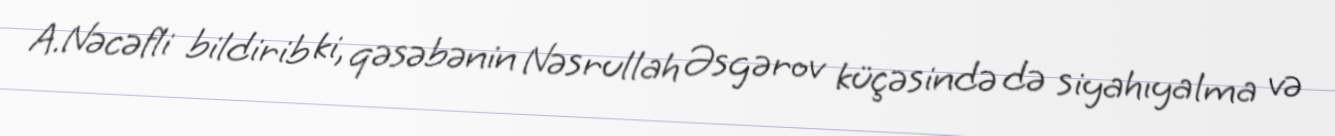
A.Nəcəfli bildirib ki, qəsəbənin Nəsrullah Əsgərov küçəsində də siyahıyalma və